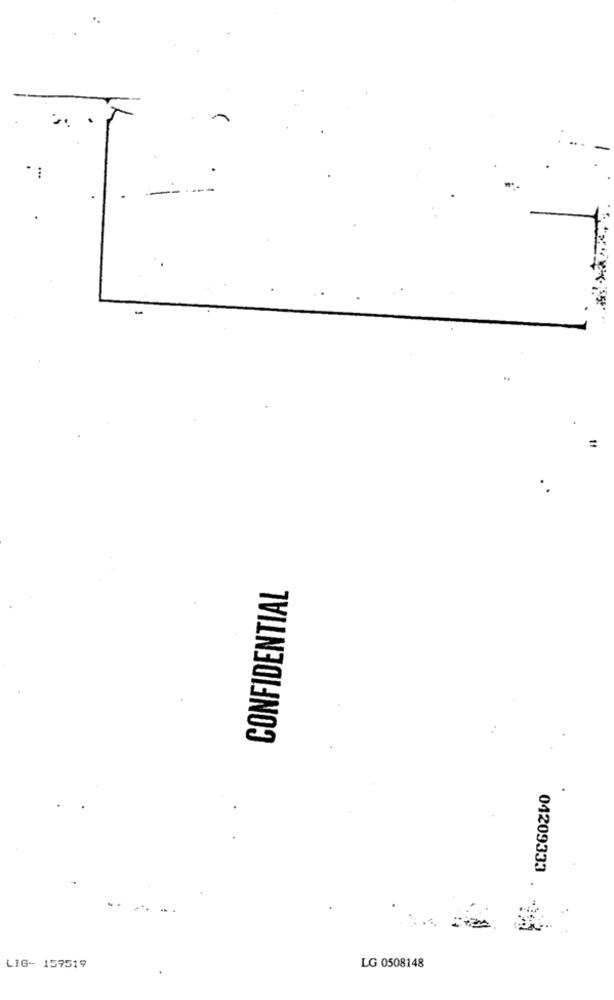
...
CONFIDENTIAL
04209333
LG 0508148
LIG- 159519